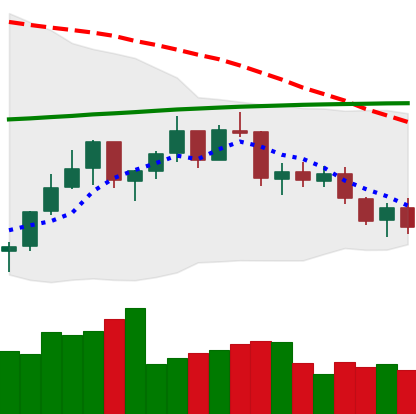
Ticker: ETH-USD
Chart end date: 2021-07-15
Forward return: -6.471%
Label: down_5_7